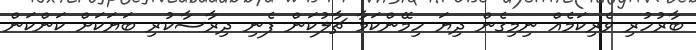
ބާރުހުރި ވެރިކަމެއް ނިމިގެން ދިޔަ ހިމޭންކަމާ ޗާލުކަން ފެނި ދިރާސާކުރި ބަޔަކަށް ކަންކަން